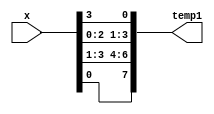
module expansion(x, temp1);

   input[3:0] x;
  
   output[7:0] temp1;
   wire[7:0] temp1;
  
assign temp1[7] = x[0];
 assign temp1[6]= x[3];
assign temp1[5]= x[2];
assign temp1[4]= x[1];
assign temp1[3]= x[2];
assign temp1[2]= x[1];
assign temp1[1]= x[0];
assign temp1[0]= x[3];

endmodule


module xo(temp1, key, y);

   input[7:0] temp1,key;
  
   output[7:0] y;
   wire[7:0] y;
  
assign y = temp1^key;

endmodule

module substitution0(t1,temp3);

   input[3:0] t1;
  
   output[1:0] temp3;
   wire[1:0] temp3;

wire[1:0] a;
wire[1:0] b;
reg[31:0] sub [0:3] [0:3];


initial begin
sub[0][0] =1; sub[0][1]=0; sub[0][2] = 3; sub[0][3]=2; 
sub[1][0] =3; sub[1][1]=2; sub[1][2] =1; sub[1][3]=0; 
sub[2][0] = 0 ; sub[2][1]=2; sub[2][2] = 1; sub[2][3]=3; 
sub[3][0] = 3; sub[3][1]=1; sub[3][2] = 3; sub[3][3]=2; 
end


assign a  = {t1[2],t1[1]};
assign b  = {t1[3],t1[0]};

assign temp3 = sub[b][a];



endmodule




module substitution1(t1,temp3);

   input[3:0] t1;
  
   output[1:0] temp3;
   wire[1:0] temp3;

wire[1:0] a;
wire[1:0] b;
reg[31:0] sub [0:3] [0:3];


initial begin
sub[0][0] =0; sub[0][1]=1; sub[0][2] = 2; sub[0][3]=3; 
sub[1][0] =2; sub[1][1]=0; sub[1][2] =1; sub[1][3]=3; 
sub[2][0] = 3 ; sub[2][1]=0; sub[2][2] = 1; sub[2][3]=0; 
sub[3][0] = 2; sub[3][1]=1; sub[3][2] = 0; sub[3][3]=3; 
end


assign a  = {t1[2],t1[1]};
assign b  = {t1[3],t1[0]};

assign temp3 = sub[b][a];



endmodule



module permutation(temp5,y);

input[3:0] temp5;
output[3:0] y;
wire[3:0] y;

assign y[3]= temp5[2];
assign y[2]= temp5[0];
assign y[1] = temp5[1];
assign y[0]= temp5[3];

endmodule


module f_function(x, y,key);

   input [3:0] x;
input[7:0] key;
   output [3:0] y;
   wire[3:0] y;


wire[7:0] temp1,temp2;
wire[3:0] t1,t2,temp5;
wire[1:0] temp3,temp4;

  expansion uut1(x,temp1);
  xo uut2(temp1,key,temp2);

assign t1={temp2[7],temp2[6],temp2[5],temp2[4]};
assign t2={temp2[3],temp2[2],temp2[1],temp2[0]};
  
substitution0 uut3(t1 ,temp3);
substitution1 uut4(t2 , temp4);

assign temp5 ={temp3,temp4};
 
permutation uut5 (temp5 , y);
  

endmodule






module top;

   reg [3:0] right,left;
reg[7:0] key;
  wire [3:0] y;
 

  

   f_function uut(right,y,key);

   always @ (right or y or left) begin
      $display(" Original = %b%b, Encrypted output left = %b , Encrypted output right  = %b , key = %b ",  left,right, right, y^left, key);
   end

   initial begin
      right = 4'b1000; left = 4'b0110;  key = 8'b10100100; 
      #11
      $display("\n");
     
   end

initial begin
   #11
   $finish;
end

endmodule